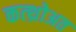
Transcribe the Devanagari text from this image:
कत्थ्रोअत